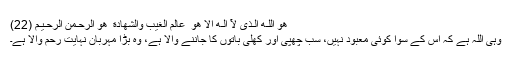
هُوَ اللّـٰهُ الَّـذِىْ لَآ اِلٰـهَ اِلَّا هُوَ ۖ عَالِمُ الْغَيْبِ وَالشَّهَادَةِ ۖ هُوَ الرَّحْـمٰنُ الرَّحِـيْـمُ (22)
وہی اللہ ہے کہ اس کے سوا کوئی معبود نہیں، سب چھپی اور کھلی باتوں کا جاننے والا ہے، وہ بڑا مہربان نہایت رحم والا ہے۔